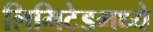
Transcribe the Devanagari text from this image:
लिमिटेडमध्ये